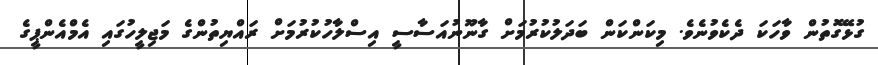
ގުޅޭގޮތުން ވާހަކަ ދެކެވުނެވެ. މިކަންކަން ބަދަލުކުރުމަށް ގާނޫނުއަސާސީ އިސްލާހުކުރުމަށް ރައްޔިތުންގެ މަޖިލީހުގައި އެމްއެންޕީގެ